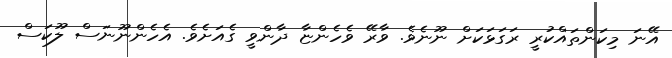
އޭނަ މިކަންތައްކުރީ ރަގަޅަކަށް ނޫނެވެ. ވާރޭ ވެހެންޏާ ދާންވީ ގެއަށެވެ. އެހެންނޫނަސް ލޫކަސް